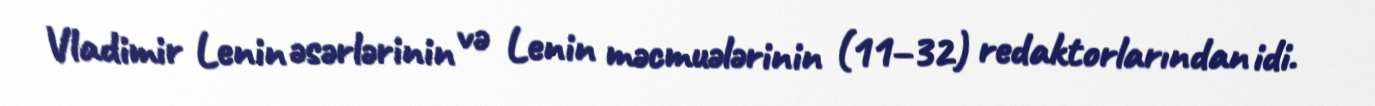
Vladimir Lenin əsərlərinin və Lenin məcmuələrinin (11–32) redaktorlarından idi.